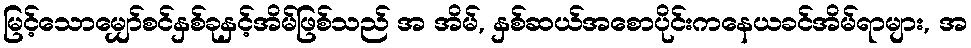
မြင့်သောမျှော်စင်နှစ်ခုနှင့်အိမ်ဖြစ်သည် အ အိမ်, နှစ်ဆယ်အစောပိုင်းကနေယခင်အိမ်ရာများ, အ